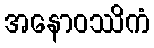
အနောဝဿိကံ